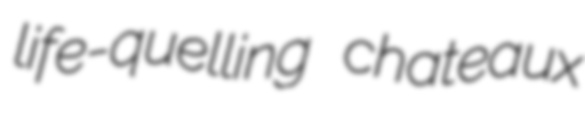
life-quelling chateaux